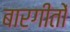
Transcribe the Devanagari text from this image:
बारगीतों